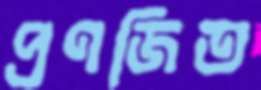
প্রণজিত